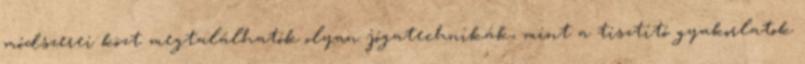
módszerei közt megtalálhatók olyan jógatechnikák, mint a tisztító gyakorlatok